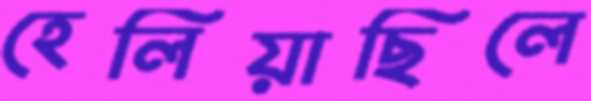
হেলিয়াছিলে